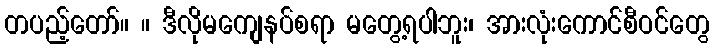
တပည့်တော်။ ။ ဒီလိုမကျေနပ်စရာ မတွေ့ရပါဘူး၊ အားလုံးကောင်စီဝင်တွေ